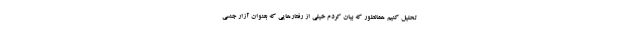
تحلیل کنیم همانطور که بیان کردم خیلی از رفتارهایی که بعنوان آزار جنسی